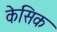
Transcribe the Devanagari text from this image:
केसिक